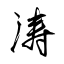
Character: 涛